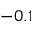
- 0 . 1